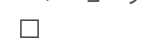
٥